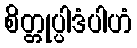
စိတ္တုပ္ပါဒံပါဟံ